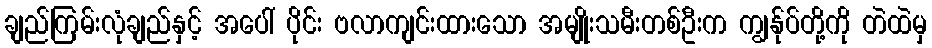
ချည်ကြမ်းလုံချည်နှင့် အပေါ် ပိုင်း ဗလာကျင်းထားသော အမျိုးသမီးတစ်ဦးက ကျွန်ုပ်တို့ကို တဲထဲမှ